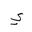
Letter: _ya